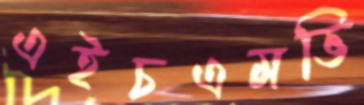
এইচএমভি